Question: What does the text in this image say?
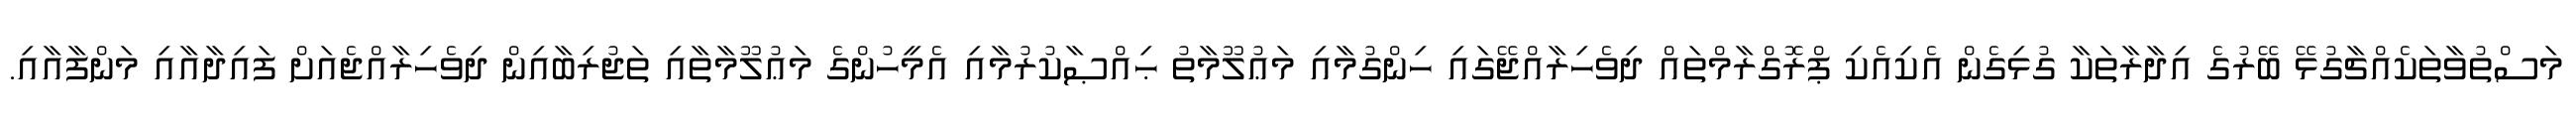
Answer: މަސްތުވާތަކެއްޗާގުޅޭ ބޭރުގެ އިދާރާތަކާ ގުޅިގެން އެކިއެކި ޕްރޮގްރާމްތައް ދިވެހިރާއްޖޭގައި ހިންގުމާއި މަޢުލޫމާތު ޙިއްޞާކުރުމާއި އެމީހުންގެ މަޢުލޫމާތާއި ތަޖުރިބާއިން ދިވެހިރާއްޖެއަށް ފައިދާއާއި މަންފާއާއި.